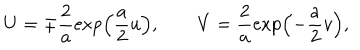
U = \mp \frac { 2 } { a } \exp \left( \frac { a } { 2 } u \right) , \quad \quad V = \frac { 2 } { a } \exp \left( - \frac { a } { 2 } v \right) ,